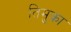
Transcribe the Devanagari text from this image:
तिमुका